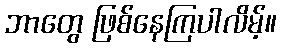
ဘာတွေ ဖြစ်နေကြပါလိမ့်။